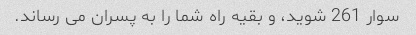
سوار 261 شوید، و بقیه راه شما را به پسران می رساند.